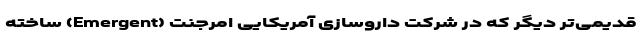
قدیمی‌تر دیگر که در شرکت داروسازی آمریکایی امرجنت (Emergent) ساخته